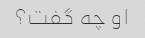
او چه گفت؟